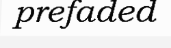
prefaded